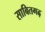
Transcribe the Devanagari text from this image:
साबितगढ़